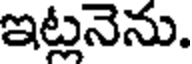
ఇట్లనెను.